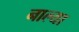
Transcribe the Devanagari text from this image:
नाल्या